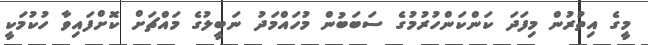
މީގެ އިތުރުން މިފަދަ ކަންކަންހުރުމުގެ ސަބަބުން މުހައްމަދު ނަބީލުގެ މައްޗަށް ކޮށްފައިވާ ހުކުމަކީ